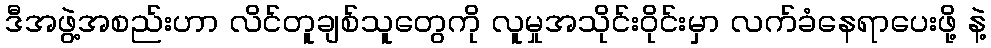
ဒီအဖွဲ့အစည်းဟာ လိင်တူချစ်သူတွေကို လူမှုအသိုင်းဝိုင်းမှာ လက်ခံနေရာပေးဖို့ နဲ့